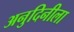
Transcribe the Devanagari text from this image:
अनुदिनीला